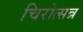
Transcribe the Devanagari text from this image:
चिरोत्सन्न